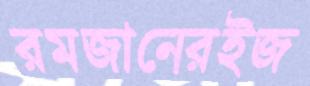
রমজানেরইজ